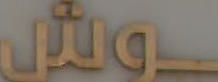
ــوش